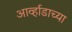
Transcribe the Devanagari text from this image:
आर्व्हाडाच्या